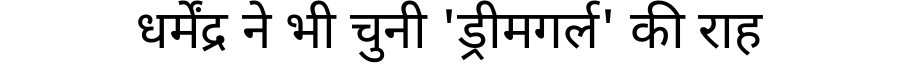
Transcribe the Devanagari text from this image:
धर्मेंद्र ने भी चुनी 'ड्रीमगर्ल' की राह